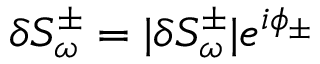
\delta S _ { \omega } ^ { \pm } = | \delta S _ { \omega } ^ { \pm } | e ^ { i \phi _ { \pm } }